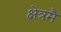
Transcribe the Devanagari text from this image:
क्षेत्रमै